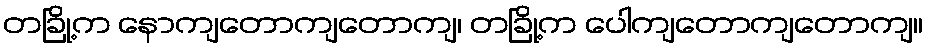
တခြို့က နောကျတောကျတောကျ၊ တခြို့က ပေါကျတောကျတောကျ။